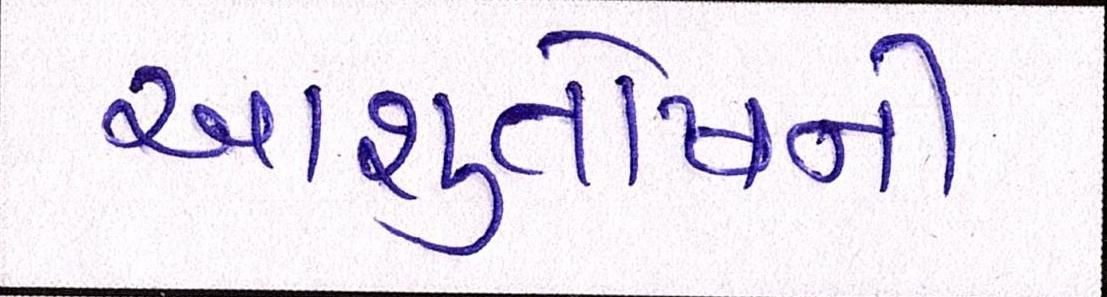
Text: આશુતોષની